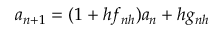
a _ { n + 1 } = ( 1 + h f _ { n h } ) a _ { n } + h g _ { n h }